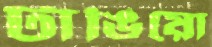
টাঙিয়ো